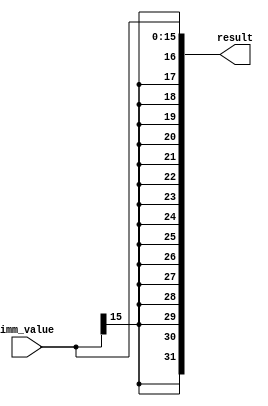
`timescale 1ns/10ps
module SignExtend(imm_value, result);
input [15:0] imm_value;
output [31:0] result;

assign result = {{16{imm_value[15]}},imm_value};
endmodule